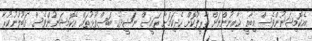
އެކޮމިޝަނުންވެސް މިބާޣީ ޚާއިނުންނަށް ތާރީފުކޮށް ހެދިކަމަށާ ރައީސް ނަޝީދުގެ ބަސްފުޅުތައް އެކޮމިޝަނުންވެސް ގަބޫލުނުކުރާ